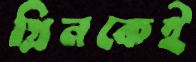
গ্রিনকেই